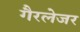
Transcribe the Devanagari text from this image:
गैरलेजर